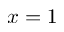
x = 1